Mental hospitals Bombay report 1929-33 - 1929-1933
Year: 1929
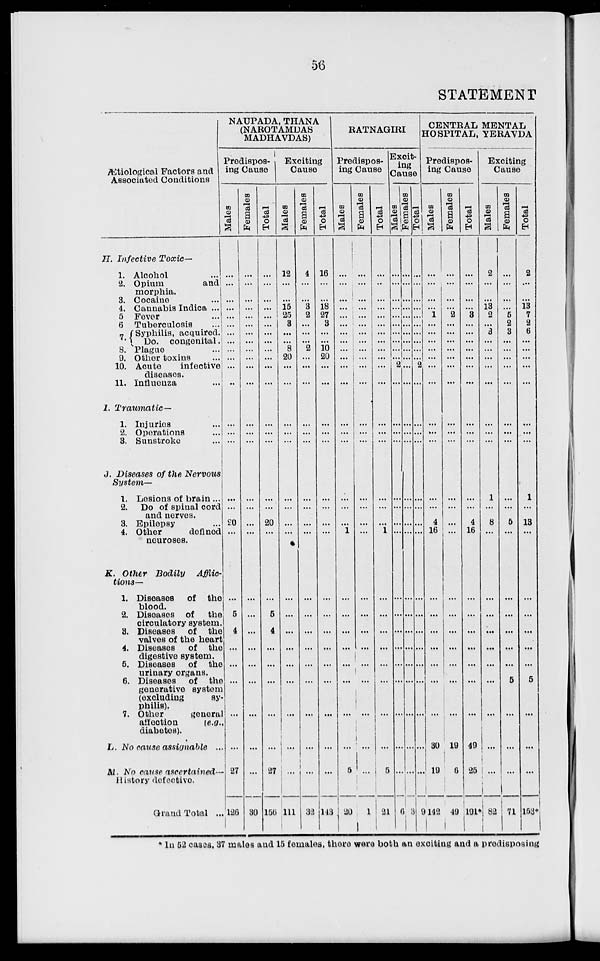
56
STATEMENT
Ætiological
Factors and
Associated
Conditions
H.
1.
J.
K.
L.
M.
Infective
Toxic—
1.
2.
3.
4.
5.
6.
7.
8.
9.
10.
11.
Alcohol ...
Opium
and
morphia.
Cocaine ...
Cannabis Indica ...
Fever ...
Tuberculosis ...
Syphilis, acquired.
Do.
congenital.
Plague ...
Other toxins ...
Acute
infective
diseases.
Influenza ...
Traumatic—
1.
2.
3.
Injuries ...
Operations ...
Sunstroke ...
Diseases of the Nervous
System—
1.
2.
3.
4.
Lesions of brain ...
Do of spinal cord
and nerves.
Epilepsy ...
Other
defined
neuroses.
Other Bodily
Afflic-
-----—
1.
2.
3.
4.
5.
6.
7.
Diseases
of the
blood.
Diseases of
the
circulatory system.
Diseases of the
valves of the heart
Diseases
of the
digestive system.
Diseases
of the
urinary organs.
Diseases
of the
generative system
(excluding
sy-
philis).
Other
general
affection
(e.g.,
diabetes).
No cause assignable
...
No cause ascertained—
History defective.
Grand Total ...
NAUPADA, THANA
(NAROTAMDAS
MADHAVDAS)
Predispos-
ing Cause
Males
...
...
...
...
...
...
...
...
...
...
...
...
...
...
...
...
...
20
...
...
5
4
...
...
...
...
...
27
126
Females
...
...
...
...
...
...
...
...
...
...
...
...
...
...
...
...
...
...
...
...
...
...
...
...
...
...
...
...
30
Total
...
...
...
...
...
...
...
...
...
...
...
...
...
...
...
...
...
20
...
...
5
4
...
...
...
...
...
27
156
Exciting
Cause
Males
12
...
...
15
25
3
...
...
8
20
...
...
...
...
...
...
...
...
...
...
...
...
...
...
...
...
...
...
111
Females
4
...
...
3
2
...
...
...
2
...
...
...
...
...
...
...
...
...
...
...
...
...
...
...
...
...
...
...
32
Total
16
...
...
18
27
3
...
...
10
20
...
...
...
...
...
...
...
...
...
...
...
...
...
...
...
...
...
...
143
RATNAGIRI
Predispos-
ing Cause
Males
...
...
...
...
...
...
...
...
...
...
...
...
...
...
...
...
...
...
1
...
...
...
...
...
...
...
...
5
20
Females
...
...
...
...
...
...
...
...
...
...
...
...
...
...
...
...
...
...
...
...
...
...
...
...
...
...
...
...
1
Total
...
...
...
...
...
...
...
...
...
...
...
...
...
...
...
...
...
...
1
...
...
...
...
...
...
...
...
5
21
Excit-
ing
Cause
Males
...
...
...
...
...
...
...
...
...
...
2
...
...
...
...
...
...
...
...
...
...
...
...
...
...
...
...
...
6
Females
...
...
...
...
...
...
...
...
...
...
...
...
...
...
...
...
...
...
...
...
...
...
...
...
...
...
...
...
3
Total
...
...
...
...
...
...
...
...
...
...
2
...
...
...
...
...
...
...
...
...
...
...
...
...
...
...
...
9
CENTRAL MENTAL
HOSPITAL, YERAVDA
Predispos-
ing Cause
Males
...
...
...
...
1
...
...
...
...
...
...
...
...
...
...
...
...
4
16
...
...
...
...
...
...
...
30
19
142
Females
...
...
...
...
2
...
...
...
...
...
...
...
...
...
...
...
...
...
...
...
...
...
...
...
...
...
19
6
49
Total
...
...
...
...
3
...
...
...
...
...
...
...
...
...
...
...
...
4
16
...
...
...
...
...
...
...
49
25
191*
Exciting
Cause
Males
2
...
...
13
2
...
3
...
...
...
...
...
...
...
...
1
...
8
...
...
...
...
...
...
...
...
...
...
82
Females
...
...
...
...
5
2
3
...
...
...
...
...
...
...
...
...
...
5
...
...
...
...
...
...
5
...
...
...
71
Total
2
...
...
13
7
2
6
...
...
...
...
...
...
...
...
1
...
13
...
...
...
...
...
...
5
...
...
...
153*
* In 52 cases, 37 males and 15 females, there were both an exciting and a predisposing